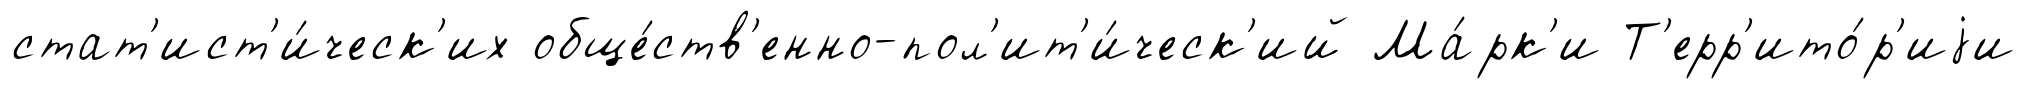
стат'ист'и́ческ'их обще́ств'енно-пол'ит'и́ческ'ий Ма́рк'и Т'ерр'ито́р'иjи